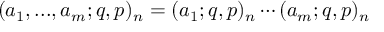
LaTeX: \displaystyle ( a _ { 1 } , . . . , a _ { m } ; q , p ) _ { n } = ( a _ { 1 } ; q , p ) _ { n } \cdots ( a _ { m } ; q , p ) _ { n }